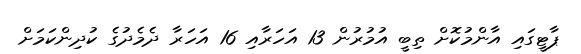
ޕާޓީގައި އާންމުކޮށް ތިބީ އުމުރުން 13 އަހަރާއި 16 އަހަރާ ދެމެދުގެ ކުދިންކަމަށް